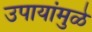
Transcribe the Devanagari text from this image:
उपायांमुळे